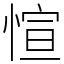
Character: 愃